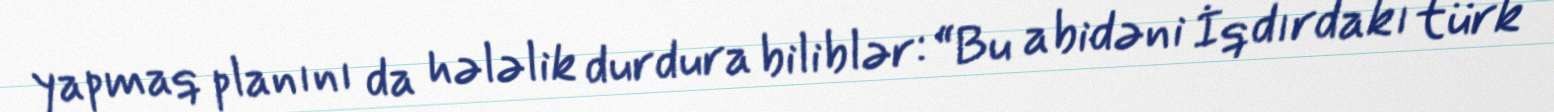
yapmaq planını da hələlik durdura biliblər: “Bu abidəni İqdırdakı türk